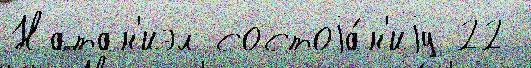
Натан'иэл состоjа́н'иjу 22